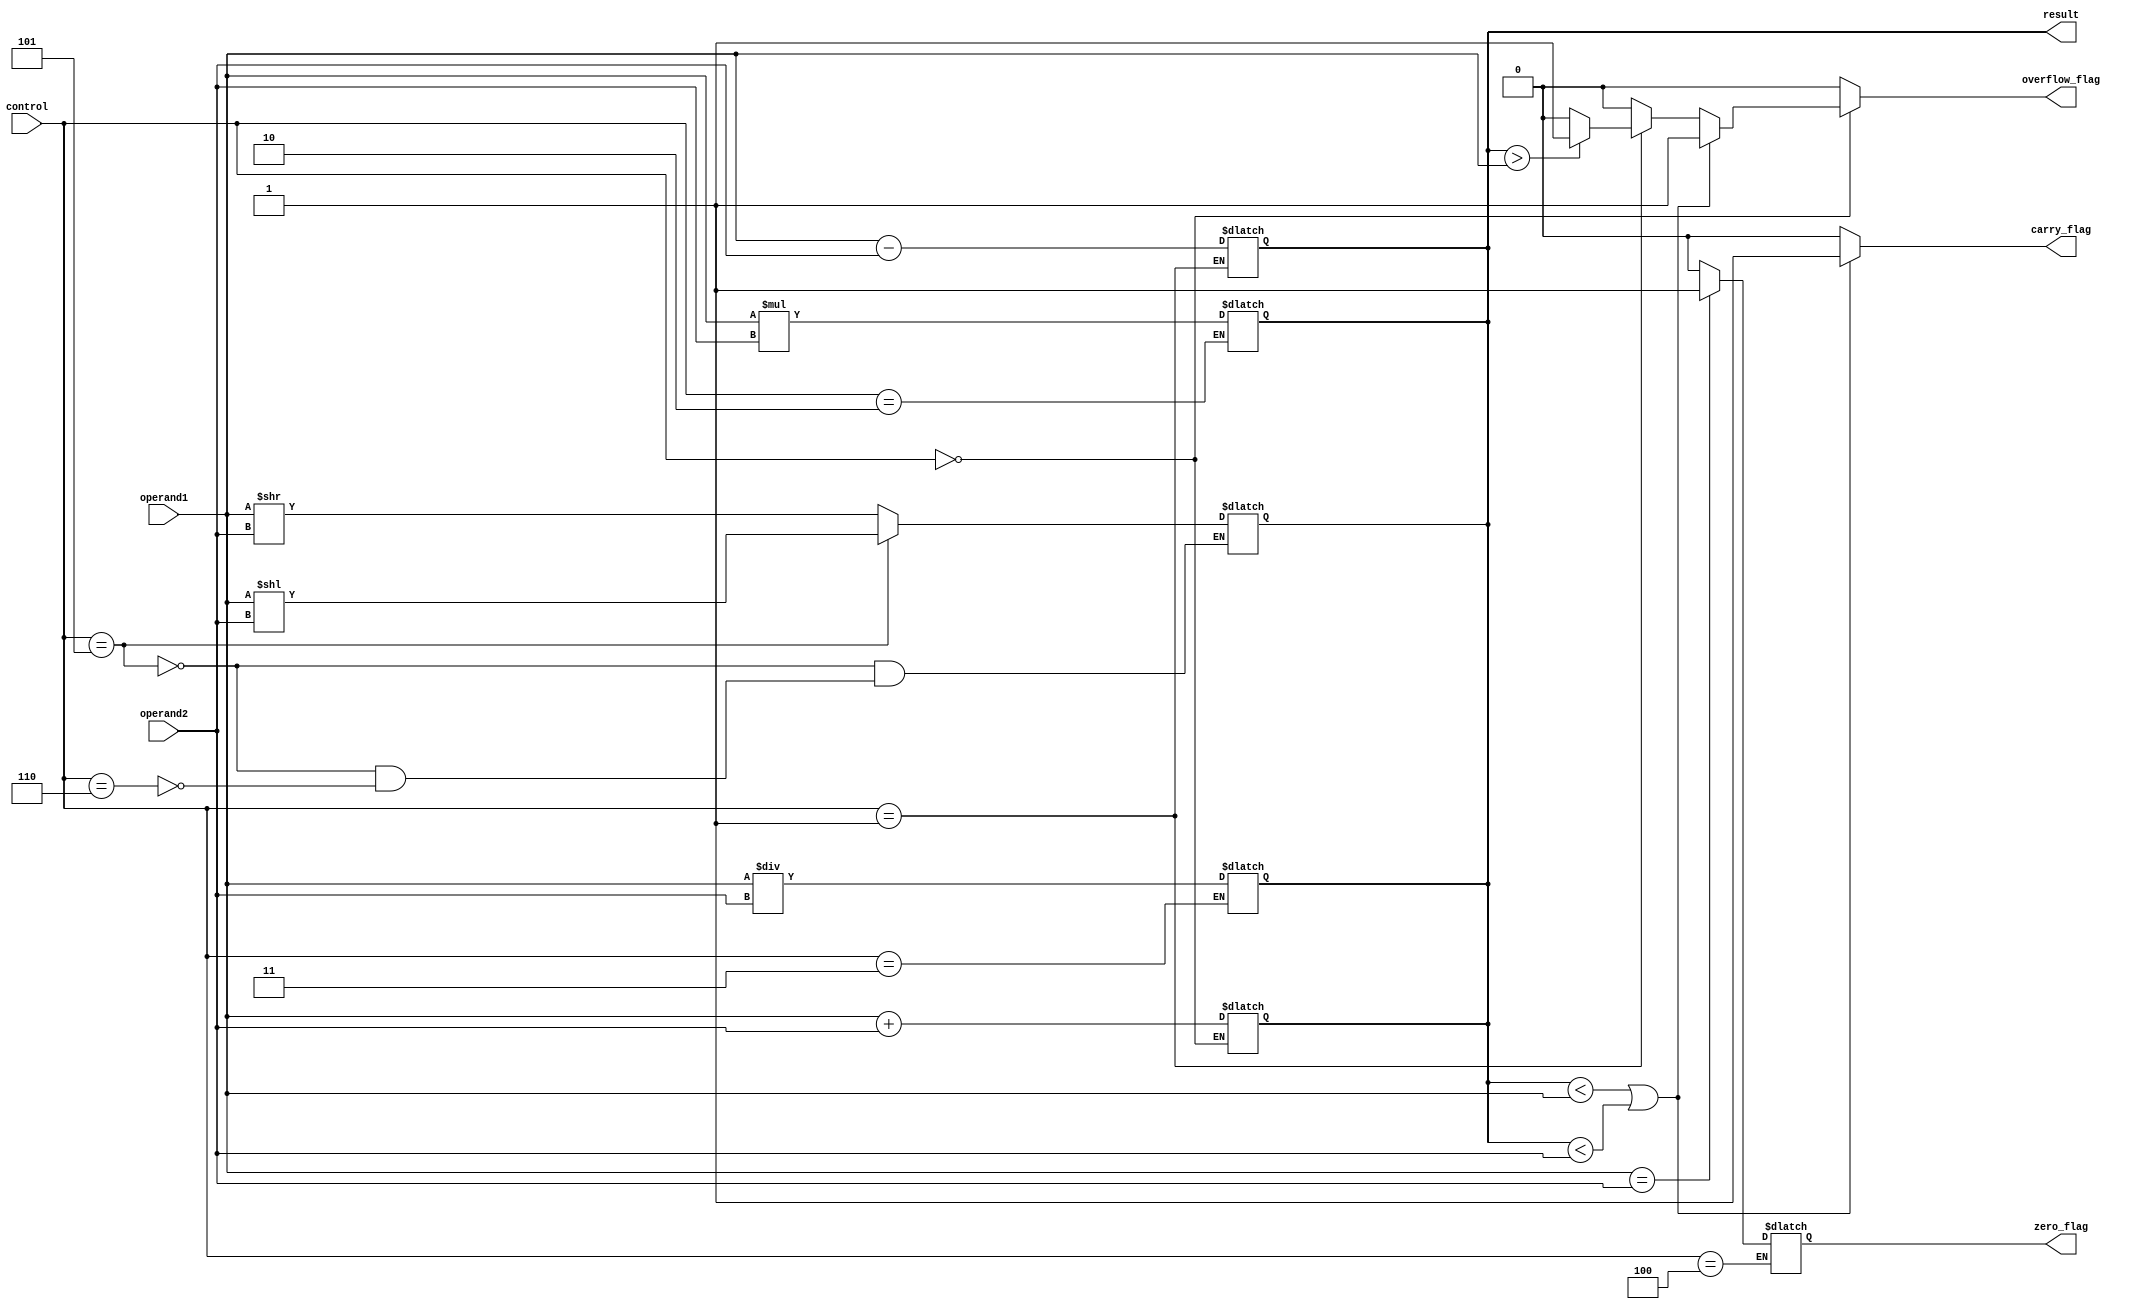
module ALU_64bit(
    input [63:0] operand1,
    input [63:0] operand2,
    input [2:0] control,
    output reg [63:0] result,
    output reg carry_flag,
    output reg overflow_flag,
    output reg zero_flag
);

// Adder block
always @*
begin
    if(control == 3'b000) // Addition
        result = operand1 + operand2;
end

// Subtractor block
always @*
begin
    if(control == 3'b001) // Subtraction
        result = operand1 - operand2;
end

// Multiplier block
always @*
begin
    if(control == 3'b010) // Multiplication
        result = operand1 * operand2;
end

// Divider block
always @*
begin
    if(control == 3'b011) // Division
        result = operand1 / operand2;
end

// Comparator block
always @*
begin
    if(control == 3'b100) // Comparison
    begin
        if(operand1 == operand2)
            zero_flag = 1;
        else
            zero_flag = 0;
    end
end

// Shifter block
always @*
begin
    if(control == 3'b101) // Shift left
        result = operand1 << operand2;
    else if(control == 3'b110) // Shift right
        result = operand1 >> operand2;
end

// Status flag logic
always @*
begin
    carry_flag = 0; // Set default values
    overflow_flag = 0;
    
    // Check for carry flag
    if(result < operand1 || result < operand2)
        carry_flag = 1;
    
    // Check for overflow flag
    if(control == 3'b000) // Addition
        if(result < operand1 || result < operand2)
            overflow_flag = 1;
    else if(control == 3'b001) // Subtraction
        if(result > operand1)
            overflow_flag = 1;
end

endmodule